Lunatic asylums in Bengal annual reports 1912-1924 - 1912-1924
Year: 1912
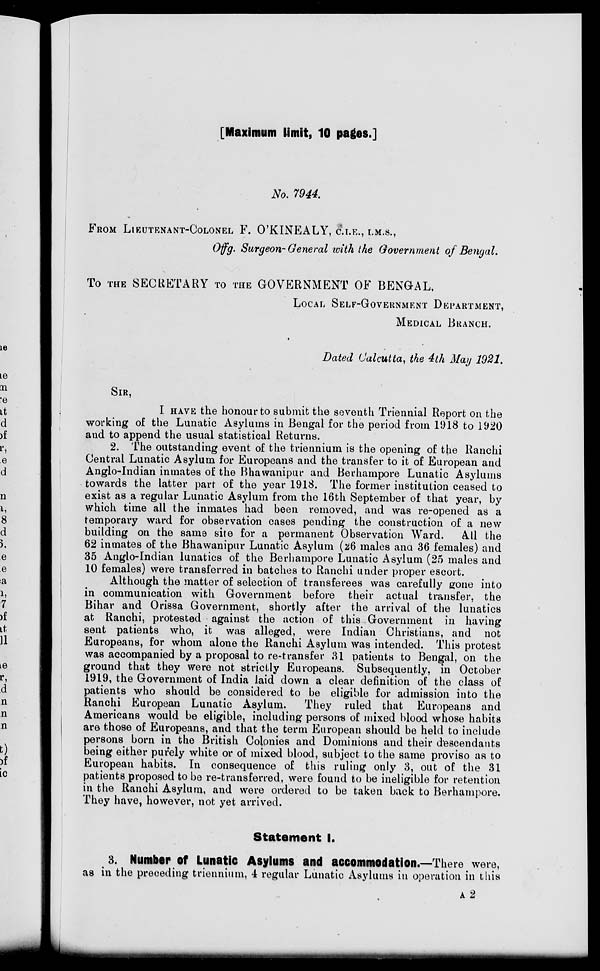
[Maximum limit, 10 pages.]
No. 7944.
FROM LIEUTENANT-COLONEL F. O'KINEALY, C.I.E., I.M.S.,
Offg. Surgeon- General with the Government of Bengal.
To THE SECRETARY TO THE GOVERNMENT OF BENGAL,
LOCAL SELF-GOVERNMENT DEPARTMENT,
MEDICAL BRANCH.
Dated Calcutta, the 4th May 1921.
SIR,
I HAVE the honour to submit the seventh Triennial Report on the
working of the Lunatic Asylums in Bengal for the period from 1918 to 1920
and to append the usual statistical Returns.
2. The outstanding event of the triennium is the opening of the Ranchi
Central Lunatic Asylum for Europeans and the transfer to it of European and
Anglo-Indian inmates of the Bhawanipur and Berhampore Lunatic Asylums
towards the latter part of the year 1918. The former institution ceased to
exist as a regular Lunatic Asylum from the 16th September of that year, by
which time all the inmates had been removed, and was re-opened as a
temporary ward for observation cases pending the construction of a new
building on the same site for a permanent Observation Ward.
All the
62 inmates of the Bhawanipur Lunatic Asylum (26 males and 36 females) and
35 Anglo-Indian lunatics of the Berhampore Lunatic Asylum (25 males and
10 females) were transferred in batches to Ranchi under proper escort.
Although the matter of selection of transferees was carefully gone into
in communication with Government before their actual transfer, the
Bihar and Orissa Government, shortly after the arrival of the lunatics
at Ranchi, protested against the action of this Government in having
sent patients who, it was alleged, were Indian Christians, and not
Europeans, for whom alone the Ranchi Asylum was intended. This protest
was accompanied by a proposal to re-transfer 31 patients to Bengal, on the
ground that they were not strictly Europeans. Subsequently, in October
1919, the Government of India laid down a clear definition of the class of
patients who should be considered to be eligible for admission into the
Ranchi European Lunatic Asylum.
They ruled that Europeans and
Americans would be eligible, including persons of mixed blood whose habits
are those of Europeans, and that the term European should be held to include
persons born in the British Colonies and Dominions and their descendants
being either purely white or of mixed blood, subject to the same proviso as to
European habits. In consequence of this ruling only 3, out of the 31
patients proposed to be re-transferred, were found to be ineligible for retention
in the Ranchi Asylum, and were ordered to be taken back to Berhampore.
They have, however, not yet arrived.
Statement I.
3. Number of Lunatic Asylums and accommodation.—There were,
as in the preceding triennium, 4 regular Lunatic Asylums in operation in this
A 2